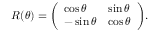
R ( \theta ) = { \left( \begin{array} { l l } { \cos \theta } & { \sin \theta } \\ { - \sin \theta } & { \cos \theta } \end{array} \right) } .